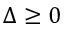
\Delta \geq 0